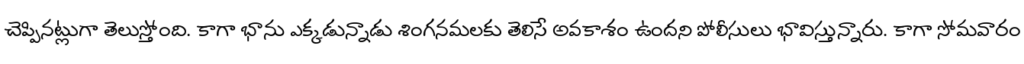
చెప్పినట్లుగా తెలుస్తోంది. కాగా భాను ఎక్కడున్నాడు శింగనమలకు తెలిసే అవకాశం ఉందని పోలీసులు భావిస్తున్నారు. కాగా సోమవారం